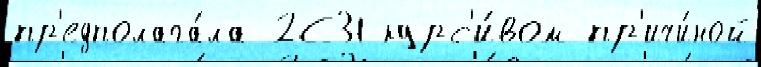
пр'едполага́ла 2С31 курс'и́вом пр'ичи́ной